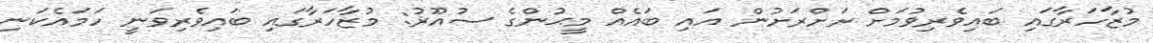
މުޒާހަރާގައި ބައިވެރިވުމަށް ރަށްރަށުން އައި ބައެއް މީޙުންގެ ސުއޫރު: މުޒާހަރާގައި ބައިވެރިވަނީ ހަމައެކަނި